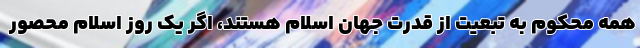
همه محکوم به تبعیت از قدرت جهان اسلام هستند، اگر یک روز اسلام محصور